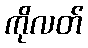
ကိုလတ်